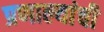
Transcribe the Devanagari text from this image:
प्रणाल्यांची